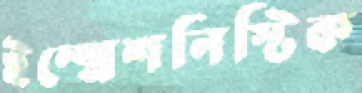
ইম্প্রেশনিস্টিক